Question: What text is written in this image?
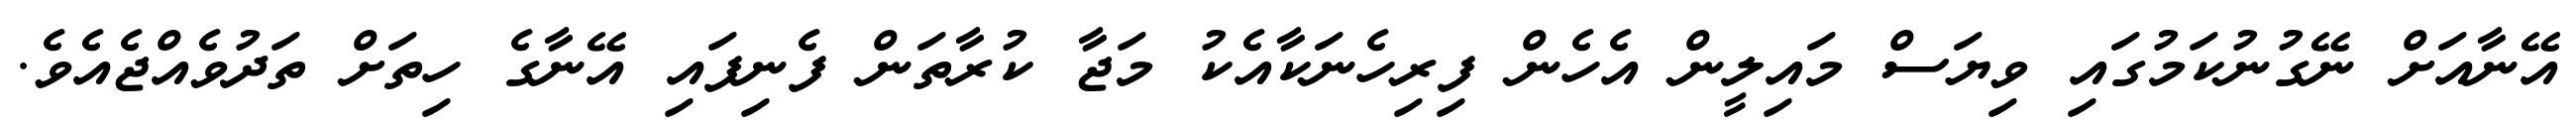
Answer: އޭނާއަށް ނޭގުނުކަމުގައި ވިޔަސް މައިލީން އެހެން ފިރިހެނަކާއެކު މަޖާ ކުރާތަން ފެނިފައި އޭނާގެ ހިތަށް ތަދުވެއްޖެއެވެ.